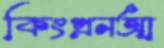
কিংপ্রনআ